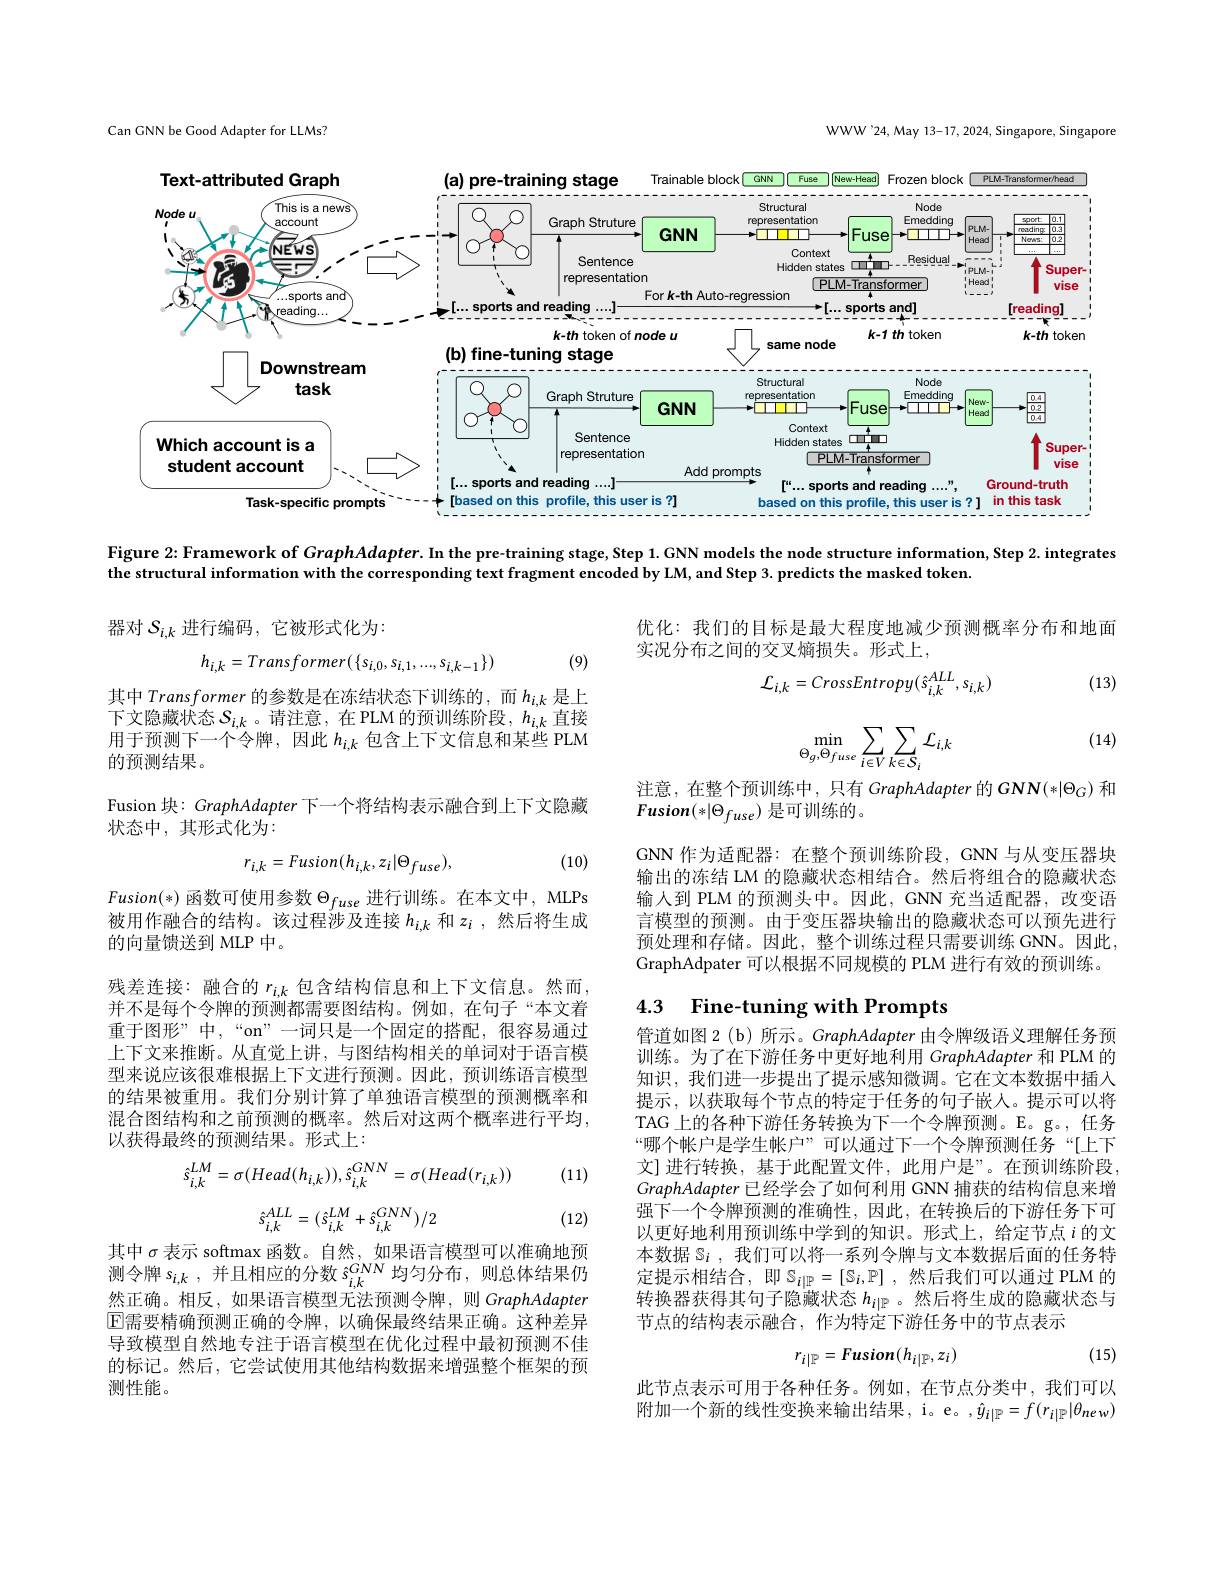
WWW'24,May 13-17, 2024, Singapore, Singapore

Can GNN be Good Adapter for LLMs?

<FigureHere>

Figure 2:Framework of GraphAdapter. In the pre-training stage, Step 1. GNN models the node structure information, Step 2. integrates

the structural information with the corresponding text fragment encoded by LM, and Step 3. predicts the masked token.

器对$S_{i,k}$进行编码，它被形式化为：

优化：我们的目标是最大程度地减少预测概率分布和地面
实况分布之间的交叉熵损失。形式上
$$h_{i,k}=Transformer(\{s_{i,0},s_{i,1},...,s_{i,k-1}\})$$
(9)

(13)
$$\mathcal{L}_{i,k}=CrossEntropy(\hat{s}_{i,k}^{ALL},s_{i,k})$$
$$\min_{\Theta_{g},\Theta_{fuse}}\sum_{i\in V}\sum_{k\in S_{i}}\mathcal{L}_{i,k}$$
(14)

其中 Transformer 的参数是在冻结状态下训练的，而$h_{i,k}$是上下文隐藏状态$S_i,k$。请注意，在PLM 的预训练阶段，$h_i,k$直接用于预测下一个令牌，因此$h_{i,k}$包含上下文信息和某些 PLM 的预测结果。
Fusion 块：GraphAdapter 下一个将结构表示融合到上下文隐藏
状态中，其形式化为：

注意，在整个预训练中，只有 GraphAdapter 的$G\mathbf{NN}(*|\Theta_G)$和
$Fusion(*|\Theta_{fuse})$是可训练的。

(10)
$$r_{i,k}=Fusion(h_{i,k},z_{i}|\Theta_{fuse}),$$
GNN 作为适配器：在整个预训练阶段，GNN 与从变压器块输出的冻结 LM 的隐藏状态相结合。然后将组合的隐藏状态输人到 PLM 的预测头中。因此，GNN 充当适配器，改变语言模型的预测。由于变压器块输出的隐藏状态可以预先进行预处理和存储。因此，整个训练过程只需要训练 GNN。因此， GraphAdpater 可以根据不同规模的 PLM 进行有效的预训练。

## 4.3 Fine-tuning with Prompts

$Fusion(*)$函数可使用参数$\Theta_fuse$进行训练。在本文中，MLPs 被用作融合的结构。该过程涉及连接$h_{i,k}$和$z_i$ ,然后将生成的向量馈送到 MLP 中。
残差连接：融合的$r_{i,k}$包含结构信息和上下文信息。然而， 并不是每个令牌的预测都需要图结构。例如，在句子“本文着重于图形”中，“on”一词只是一个固定的搭配，很容易通过上下文来推断。从直觉上讲，与图结构相关的单词对于语言模型来说应该很难根据上下文进行预测。因此，预训练语言模型的结果被重用。我们分别计算了单独语言模型的预测概率和混合图结构和之前预测的概率。然后对这两个概率进行平均， 以获得最终的预测结果。形式上：

(11)

管道如图 2 (b) 所示。GraphAdapter 由令牌级语义理解任务预训练。为了在下游任务中更好地利用 GraphAdapter 和 PLM 的知识，我们进一步提出了提示感知微调。它在文本数据中插入提示，以获取每个节点的特定于任务的句子嵌人。提示可以将TAG 上的各种下游任务转换为下一个令牌预测。E。g。,任务“哪个帐户是学生帐户”可以通过下一个令牌预测任务“[上下文]进行转换，基于此配置文件，此用户是”。在预训练阶段， GraphAdapter已经学会了如何利用 GNN 捕获的结构信息来增强下一个令牌预测的准确性，因此，在转换后的下游任务下可以更好地利用预训练中学到的知识。形式上，给定节点$i$的文本数据$\mathbb{S}_i$,我们可以将一系列令牌与文本数据后面的任务特定提示相结合，即$\mathbb{S} _i| \mathbb{P} = [ \mathbb{S} _i, \mathbb{P} ]$ ,然后我们可以通过 PLM 的转换器获得其句子隐藏状态$h_{i|\mathbb{P}}$ 。然后将生成的隐藏状态与节点的结构表示融合，作为特定下游任务中的节点表示
$$\hat{s}_{i,k}^{LM}=\sigma(Head(h_{i,k})),\hat{s}_{i,k}^{GNN}=\sigma(Head(r_{i,k}))$$
$$\hat{s}_{i,k}^{ALL}=(\hat{s}_{i,k}^{LM}+\hat{s}_{i,k}^{GNN})/2$$
(12)

其 中 $\sigma$表 示 softmax 函 数 。自 然 , 如 果 语 言 模 型 可 以 准 确 地 预 测 令 牌 $s_{i, k}$ , 并 且 相 应 的 分 数 $s_{i, k}^{GNN}$ 均 匀 分 布 , 则 总 体 结 果 仍 然 正 确 相 反 加 里 语 言 横 刑 无 法 而 测 会 牌 则 GranhAdanter 然正确。相反，如果语言模型无法预测令牌，则 GraphAdapter $\boxed{\mathrm{E}}$需要精确预测正确的令牌，以确保最终结果正确。这种差异导致模型自然地专注于语言模型在优化过程中最初预测不佳的标记。然后，它尝试使用其他结构数据来增强整个框架的预测性能。

(15)
$$r_{i|\mathbb{P}}=Fusion(h_{i|\mathbb{P}},z_{i})$$
此节点表示可用于各种任务。例如，在节点分类中，我们可以附加一个新的线性变换来输出结果，i。e。,$\hat{y}_{i|\mathbb{P}}=f(r_{i|\mathbb{P}}|\theta_{new})$